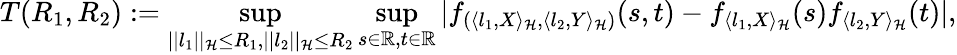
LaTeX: T(R_{1},R_{2}):=\operatorname*{sup}_{||l_{1}||_{{\cal{H}}}\leq R_{1},||l_{2}||_{{\cal{H}}}\leq R_{2}}\operatorname*{sup}_{s\in\mathbb{R},t\in\mathbb{R}}|f_{(\langle l_{1},X\rangle_{{\cal{H}}},\langle l_{2},Y\rangle_{{\cal{H}}})}(s,t)-f_{\langle l_{1},X\rangle_{{\cal{H}}}}(s)f_{\langle l_{2},Y\rangle_{{\cal{H}}}}(t)|,